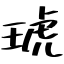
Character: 琥